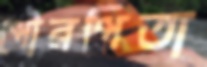
পৌরপিতা